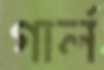
গার্ল